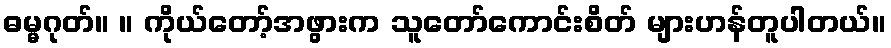
ဓမ္မဂုတ်။ ။ ကိုယ်တော့်အဖွားက သူတော်ကောင်းစိတ် များဟန်တူပါတယ်။